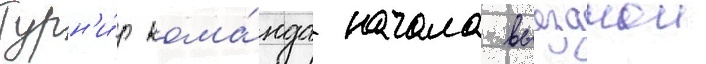
Турн'и́р кома́нда начала выезднои